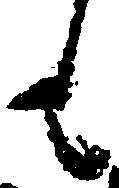
も